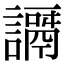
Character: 𧬭